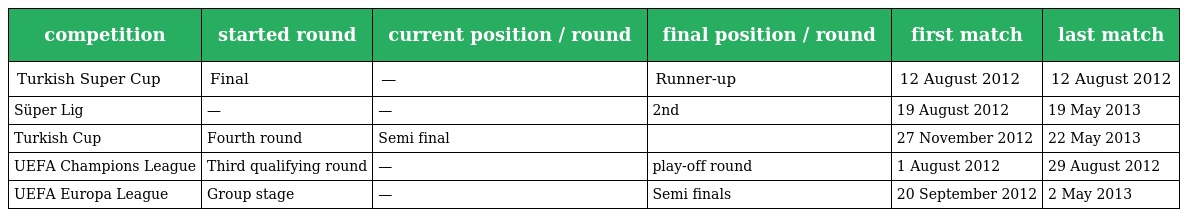
| competition | started round | current position / round | final position / round | first match | last match |
 | --- | --- | --- | --- | --- | --- |
 | Turkish Super Cup | Final | — | Runner-up | 12 August 2012 | 12 August 2012 |
 | Süper Lig | — | — | 2nd | 19 August 2012 | 19 May 2013 |
 | Turkish Cup | Fourth round | Semi final |  | 27 November 2012 | 22 May 2013 |
 | UEFA Champions League | Third qualifying round | — | play-off round | 1 August 2012 | 29 August 2012 |
 | UEFA Europa League | Group stage | — | Semi finals | 20 September 2012 | 2 May 2013 |